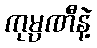
ကုမ္ပဏီနဲ့